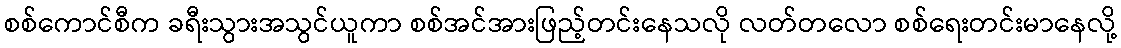
စစ်ကောင်စီက ခရီးသွားအသွင်ယူကာ စစ်အင်အားဖြည့်တင်းနေသလို လတ်တလော စစ်ရေးတင်းမာနေလို့